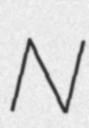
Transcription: N